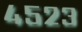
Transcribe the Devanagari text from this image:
४५२३